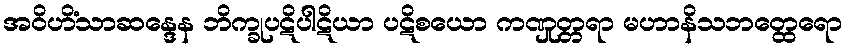
အဝိဟိံသာဆန္ဒေန ဘိက္ခုပဋိပါဋိယာ ပဋိစယော ကဏှုတ္တရာ မဟာနိသဘတ္ထေရော